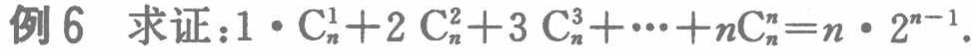
例6 求证：\(1\cdot C_{n}^{1}+2C_{n}^{2}+3C_{n}^{3}+\cdots +nC_{n}^{n}=n\cdot 2^{n - 1}\)